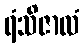
ရံသိဇာလံ